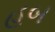
હબ